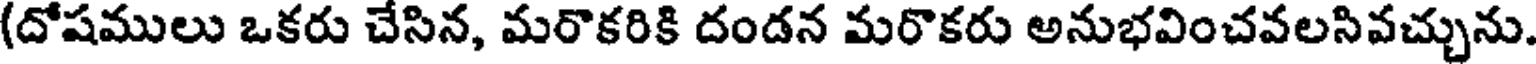
(దోషములు ఒకరు చేసిన, మరొకరికి దండన మరొకరు అనుభవించవలసివచ్చును.